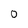
Character: O